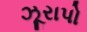
ઝૂરાપો